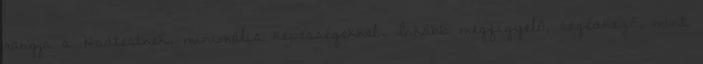
rangja a Hadtestnek, minimális képességekkel. Inkább megfigyelő, segédkező, mint